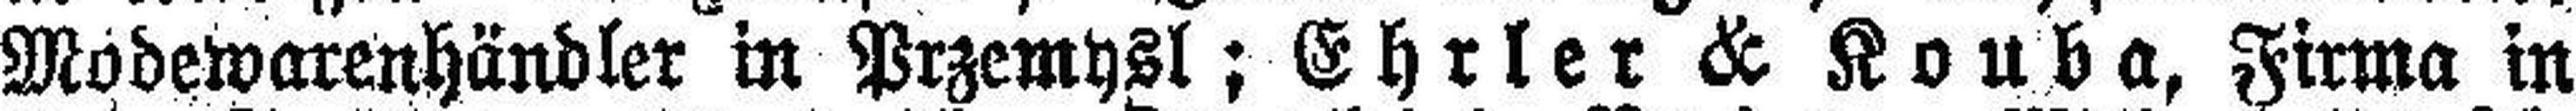
Modewarenhändler in Przemysl; Ehrler & Kouba, Firma in